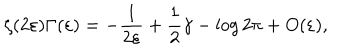
LaTeX: \zeta ( 2 \varepsilon ) \Gamma ( \varepsilon ) = - \frac 1 { 2 \varepsilon } + \frac 1 2 \gamma - \log 2 \pi + O ( \varepsilon ) ,